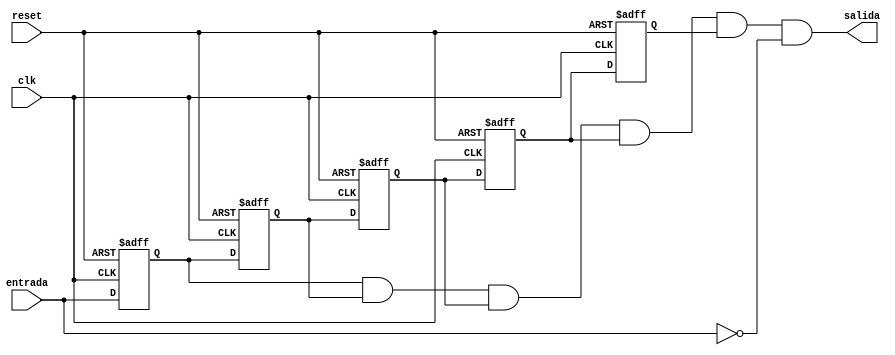
`timescale 1ns / 1ps
//////////////////////////////////////////////////////////////////////////////////
// Company: 
// Engineer: 
// 
// Design Name: 
// Module Name: ANTIREBOTE
// Project Name: 
// Target Devices: 
// Tool Versions: 
// Description: 
// 
// Dependencies: 
// 
// Revision:
// Revision 0.01 - File Created
// Additional Comments:
// 
//////////////////////////////////////////////////////////////////////////////////


module ANTIREBOTE(
    input wire entrada,
    input wire clk,
	input wire reset,
	output wire salida
    );

	//El antirebote consiste en pasar la seal por 5 Flip Flops con el fin de evitar que filtren valores indeseados
	
	reg ff01;
	reg ff02;
	reg ff03;
	reg ff04;
	reg ff05;

	always @(posedge clk, posedge reset) begin
		if (reset) begin
			ff01 <= 1'b0;
			ff02 <= 1'b0;
			ff03 <= 1'b0;
			ff04 <= 1'b0;
			ff05 <= 1'b0;
		end else begin
			ff01 <= entrada;
			ff02 <= ff01;
			ff03 <= ff02;
			ff04 <= ff03;
			ff05 <= ff04;
		end
	end

	assign salida = ff01 && ff02 && ff03 && ff04 && ff05 && ~entrada;
	// de esta manera se asegura que 
	// el dato se encuentre en todos los flip flops
	// y ya se haya soltado el botn.

endmodule